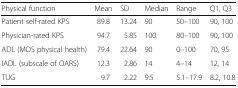
<table><thead><tr><td><b>Physical function</b></td><td><b>Mean</b></td><td><b>SD</b></td><td><b>Median</b></td><td><b>Range</b></td><td><b>Q1, Q3</b></td></tr></thead><tbody><tr><td>Patient self-rated KPS</td><td>89.8</td><td>13.24</td><td>90</td><td>50–100</td><td>90, 100</td></tr><tr><td>Physician-rated KPS</td><td>94.7</td><td>5.85</td><td>100</td><td>80–100</td><td>90, 100</td></tr><tr><td>ADL (MOS physical health)</td><td>79.4</td><td>22.64</td><td>90</td><td>0–100</td><td>70, 95</td></tr><tr><td>IADL (subscale of OARS)</td><td>12.3</td><td>2.86</td><td>14</td><td>4–14</td><td>12, 14</td></tr><tr><td>TUG</td><td>9.7</td><td>2.22</td><td>9.5</td><td>5.1–17.9</td><td>8.2, 10.8</td></tr></tbody></table>